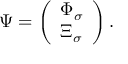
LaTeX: \Psi = \left( \begin{array} { l } { { \Phi _ { \sigma } } } \\ { { \Xi _ { \sigma } } } \end{array} \right) .